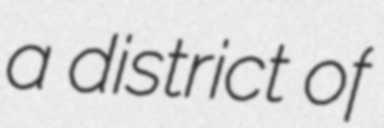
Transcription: a district of